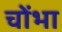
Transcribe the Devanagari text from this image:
चोंभा